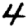
Digit: 4